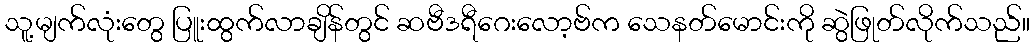
သူ့မျက်လုံးတွေ ပြူးထွက်လာချိန်တွင် ဆဗီဒရီဂေးလော့ဗ်က သေနတ်မောင်းကို ဆွဲဖြုတ်လိုက်သည်။